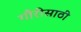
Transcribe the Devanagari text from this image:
गौरींसाठी